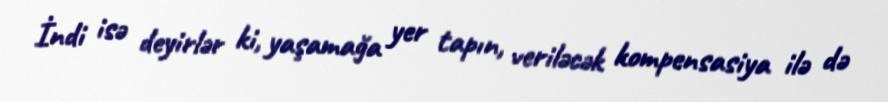
İndi isə deyirlər ki, yaşamağa yer tapın, veriləcək kompensasiya ilə də